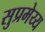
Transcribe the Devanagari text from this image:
सुप्रमेय्य